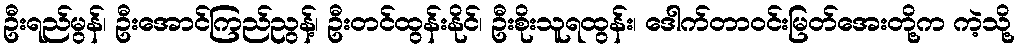
ဦးရည်မွန်၊ ဦးအောင်ကြည်ညွန့်၊ ဦးတင်ထွန်းနိုင်၊ ဦးစိုးသူရထွန်း၊ ဒေါက်တာဝင်းမြတ်အေးတို့က ကဲ့သို့